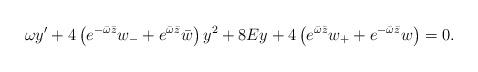
LaTeX: \begin{align*} \omega y'+4\left(e^{-\bar\omega\bar z}w_- + e^{\bar\omega\bar z}\bar w\right) y^2+8Ey + 4\left(e^{\bar\omega\bar z}w_+ + e^{-\bar\omega\bar z}w\right) =0.\end{align*}